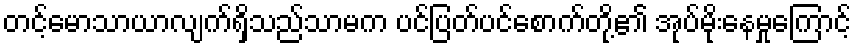
တင့်မောသာယာလျက်ရှိသည်သာမက ပင်ပြတ်ပင်စောက်တို့၏ အုပ်မိုးနေမှုကြောင့်